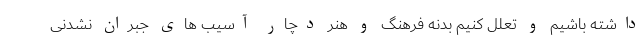
داشته باشیم و تعلل کنیم بدنه فرهنگ و هنر دچار آسیب های جبران نشدنی